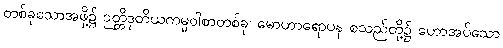
တစ်ခုသောအဖို့၌ ဉတ္တိဒုတိယကမ္မဝါစာတစ်ခု၊ မောဟာရောပန စသည်တို့၌ ဟောအပ်သော